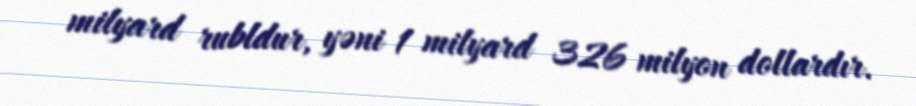
milyard rubldur, yəni 1 milyard 326 milyon dollardır.